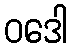
ဝဒေါ